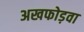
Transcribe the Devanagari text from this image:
अखफोड़वा